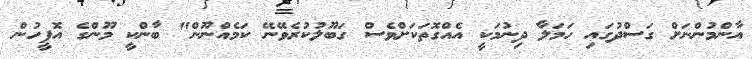
އާންމުންނަށް ގަސްދުގައި ހަމަލާ ދިނުމަކީ އެއްގޮތަކަށްވެސް ގަބޫލުކުރެވޭނޭ ކަމެއްނޫން" ބާންކީ މޫންގެ އޮފީހުން